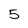
Character: 5